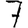
Digit: 7